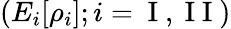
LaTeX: (E_{i}[\rho_{i}];i=\mathrm{~I~,~I~I~})